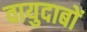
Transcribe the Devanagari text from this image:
वायुदाबों